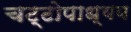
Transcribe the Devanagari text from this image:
चट्टोपाध्यय